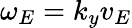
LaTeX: \omega_{E}=k_{y}v_{E}